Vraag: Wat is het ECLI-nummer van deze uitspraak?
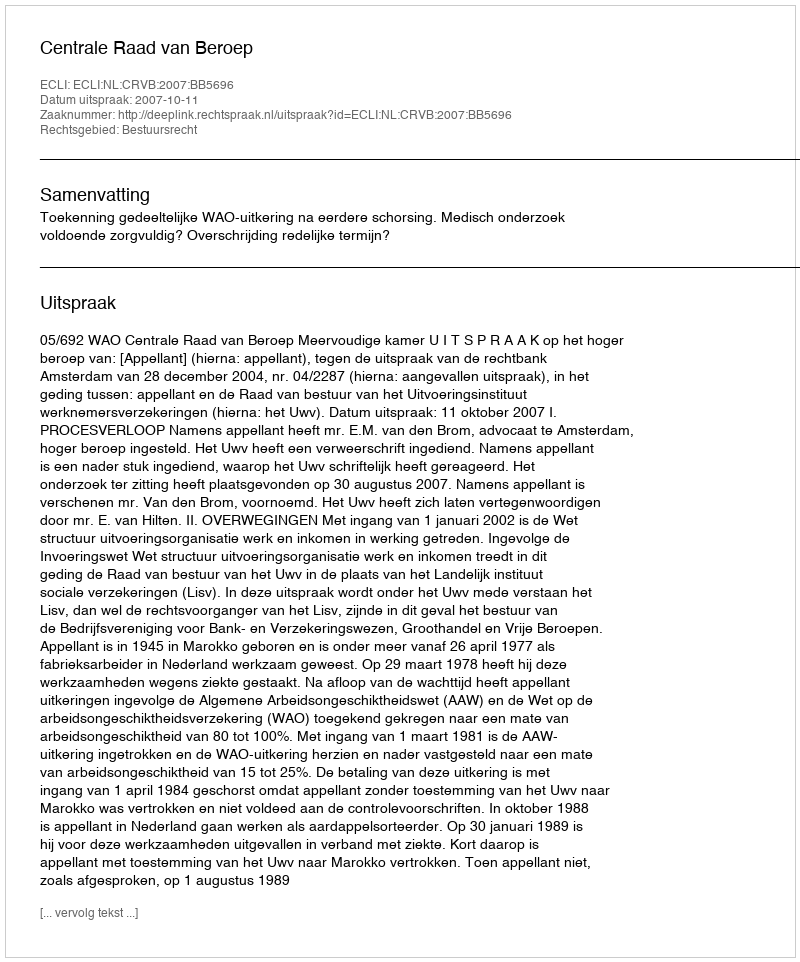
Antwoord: ECLI:NL:CRVB:2007:BB5696